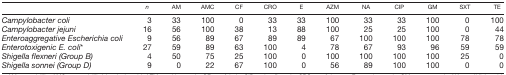
|  | n | AM | AMC | CF | CRO | E | AZM | NA | CIP | GM | SXT | TE |
 | --- | --- | --- | --- | --- | --- | --- | --- | --- | --- | --- | --- | --- |
 | Campylobacter coli | 3 | 33 | 100 | 0 | 33 | 33 | 100 | 33 | 33 | 100 | 0 | 100 |
 | Campylobacter jejuni | 16 | 56 | 100 | 38 | 13 | 88 | 100 | 25 | 25 | 100 | 0 | 44 |
 | Enteroaggregative Escherichia coli | 9 | 56 | 89 | 67 | 89 | 89 | 67 | 100 | 100 | 100 | 78 | 78 |
 | Enterotoxigenic E. coli* | 27 | 59 | 89 | 63 | 100 | 4 | 78 | 67 | 93 | 96 | 59 | 59 |
 | Shigella flexneri (Group B) | 4 | 50 | 75 | 25 | 100 | 0 | 100 | 100 | 100 | 100 | 25 | 0 |
 | Shigella sonnei (Group D) | 9 | 0 | 22 | 67 | 100 | 0 | 56 | 89 | 100 | 100 | 0 | 0 |